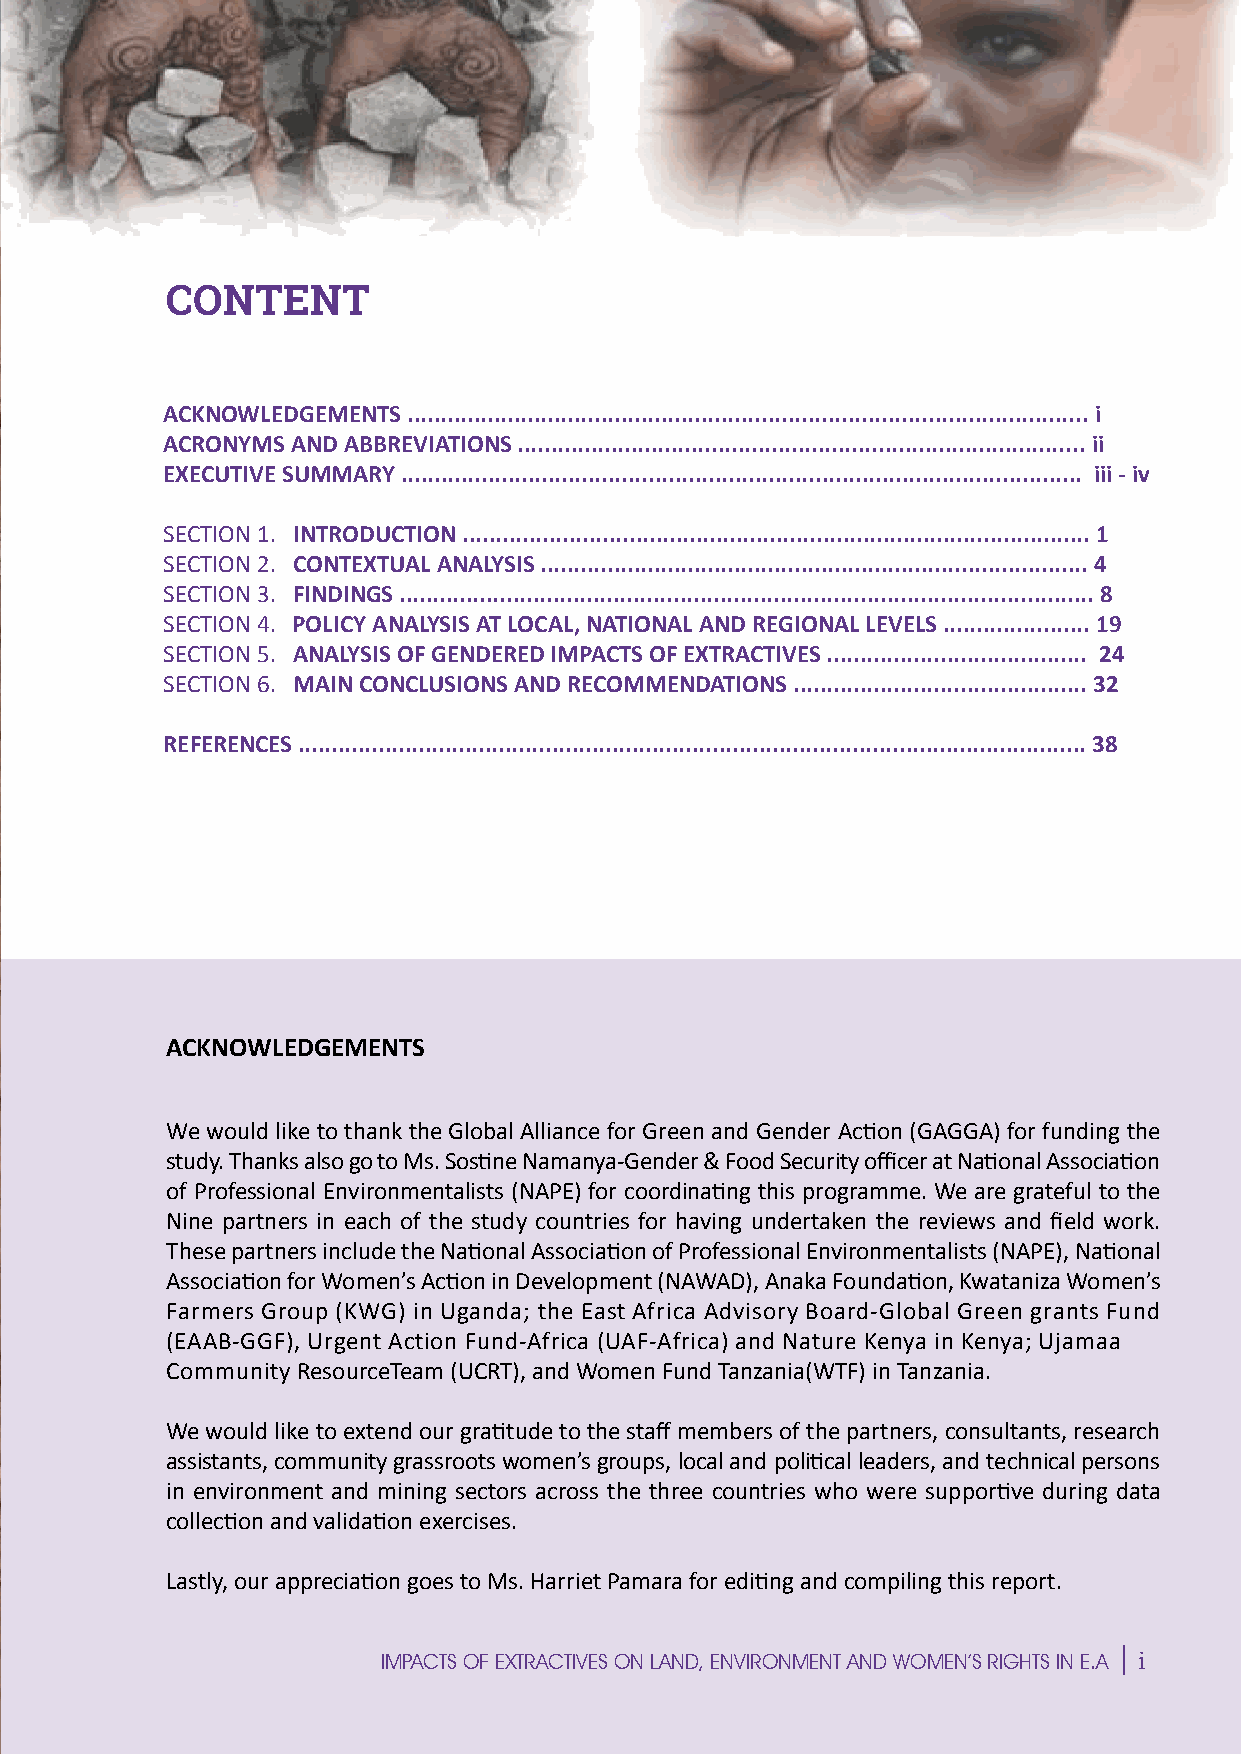
CONTENTS
 S
 ACKNOWLEDGEMENTS ...................................................................................................... i
 ACRONYMS AND ABBREVIATIONS ..................................................................................... ii
 P
 EXECUTIVE SUMMARY ...................................................................................................... iii - iv
 SECTION 1. INTRODUCTION .............................................................................................. 1
 SECTION 2. CONTEXTUAL ANALYSIS .................................................................................. 4
 SECTION 3. FINDINGS ........................................................................................................ 8
 E
 SECTION 4. POLICY ANALYSIS AT LOCAL, NATIONAL AND REGIONAL LEVELS ...................... 19
 SECTION 5. ANALYSIS OF GENDERED IMPACTS OF EXTRACTIVES ....................................... 24
 SECTION 6. MAIN CONCLUSIONS AND RECOMMENDATIONS ............................................ 32
 REFERENCES ...................................................................................................................... 38
 C
 I
 E
 ACKNOWLEDGEMENTS
 We would like to thank the Global Alliance for Green and Gender Action (GAGGA) for funding the
 M
 study. Thanks also go to Ms. Sostine Namanya-Gender & Food Security officer at National Association
 of Professional Environmentalists (NAPE) for coordinating this programme. We are grateful to the
 Nine partners in each of the study countries for having undertaken the reviews and field work.
 These partners include the National Association of Professional Environmentalists (NAPE), National
 Association for Women’s Action in Development (NAWAD), Anaka Foundation, Kwataniza Women’s
 Farmers Group (KWG) in Uganda; the East Africa Advisory Board-Global Green grants Fund
 (EAAB-GGF), Urgent Action Fund-Africa (UAF-Africa) and ENature Kenya in Kenya; Ujamaa
 Community ResourceTeam (UCRT), and Women Fund Tanzania(WTF) in Tanzania.
 We would like to extend our gratitude to the staff members of the partners, consultants, research
 assistants, community grassroots women’s groups, local and political leaders, and technical persons
 in environment and mining sectors across the three countries who wNere supportive during data
 collection and validation exercises.
 Lastly, our appreciation goes to Ms. Harriet Pamara for editing and compiling this report.
 i
 IMPACTS OF EXTRACTIVES ON LAND, ENVIRONMENT AND WOMEN’S RIGHTS IN E.A